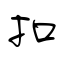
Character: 扣